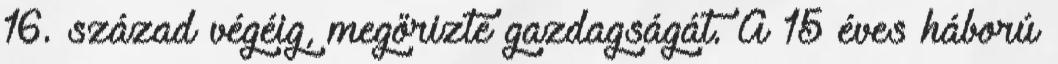
16. század végéig, megőrizte gazdagságát. A 15 éves háború